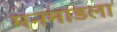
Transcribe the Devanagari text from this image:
मनमाडला